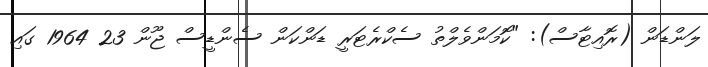
ލަންޑަން (ރޮއިޓާސް): "ކޮމަންވެލްތު ސެކްރެޓަރީ ޑަންކަން ސެންޑީސް ޖޫން 23 1964 ގައި